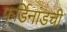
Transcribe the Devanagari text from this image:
फर्डिनांडची